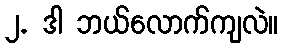
၂. ဒါ ဘယ်လောက်ကျလဲ။